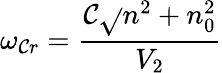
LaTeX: \omega_{\mathcal{C}r}=\frac{{\mathcal{C}\sqrt{}{{n^{2}+n_{0}^{2}}}}}{{V_{2}}}